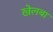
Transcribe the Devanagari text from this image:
खेलबा